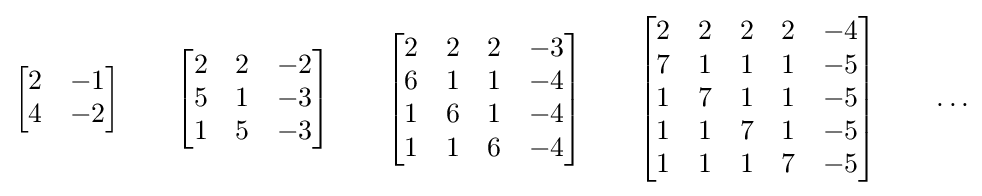
{\begin{bmatrix}2&-1\\4&-2\end{bmatrix}}\qquad {\begin{bmatrix}2&2&-2\\5&1&-3\\1&5&-3\end{bmatrix}}\qquad {\begin{bmatrix}2&2&2&-3\\6&1&1&-4\\1&6&1&-4\\1&1&6&-4\end{bmatrix}}\qquad {\begin{bmatrix}2&2&2&2&-4\\7&1&1&1&-5\\1&7&1&1&-5\\1&1&7&1&-5\\1&1&1&7&-5\end{bmatrix}}\qquad \ldots